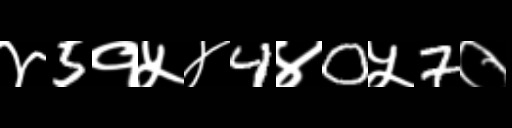
Text: ४5१५४4४0५7०